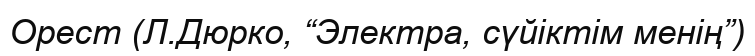
Орест (Л.Дюрко, “Электра, сүйіктім менің”)